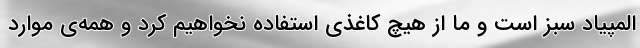
المپیاد سبز است و ما از هیچ کاغذی استفاده نخواهیم کرد و همه‌ی موارد